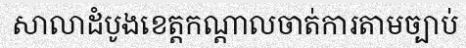
សាលាដំបូងខេត្តកណ្តាលចាត់ការតាមច្បាប់